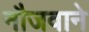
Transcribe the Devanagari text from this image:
नौजवाने